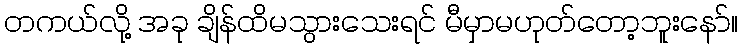
တကယ်လို့ အခု ချိန်ထိမသွားသေးရင် မီမှာမဟုတ်တော့ဘူးနော်။